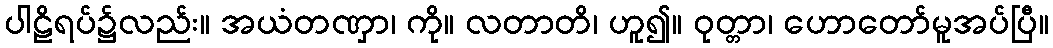
ပါဠိရပ်၌လည်း။ အယံတဏှာ၊ ကို။ လတာတိ၊ ဟူ၍။ ဝုတ္တာ၊ ဟောတော်မူအပ်ပြီ။